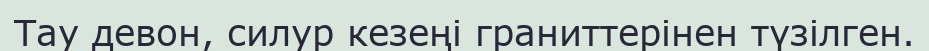
Тау девон, силур кезеңі граниттерінен түзілген.